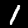
Digit: 1